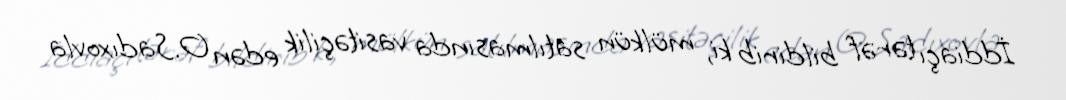
İddiaçı tərəf bildirib ki, mülkün satılmasında vasitəçilik edən O.Sadıxovla